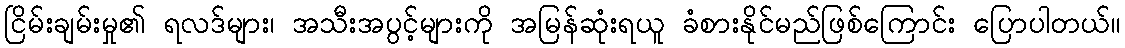
ငြိမ်းချမ်းမှု၏ ရလဒ်များ၊ အသီးအပွင့်များကို အမြန်ဆုံးရယူ ခံစားနိုင်မည်ဖြစ်ကြောင်း ပြောပါတယ်။